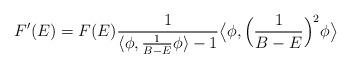
LaTeX: \begin{align*} F'(E)= F(E) \frac 1 {\langle \phi, \frac 1 {B-E} \phi \rangle-1} \big\langle \phi, \Big(\frac 1 {B-E}\Big)^2\phi\big\rangle \end{align*}